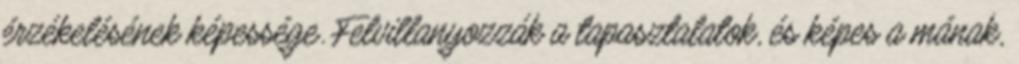
érzékelésének képessége. Felvillanyozzák a tapasztalatok, és képes a mának,